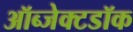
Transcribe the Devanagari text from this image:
ऑब्जेक्टडॉक